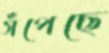
সঁপেছে